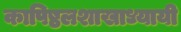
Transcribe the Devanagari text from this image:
कापिष्ठलशाखाध्यायी